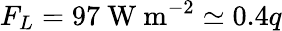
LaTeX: F_{L}=97~\mathrm{W~m}^{-2}\simeq 0.4q